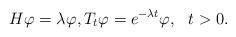
LaTeX: \begin{align*} H \varphi = \lambda \varphi, T_t \varphi = e^{-\lambda t} \varphi, \ \ t>0.\end{align*}